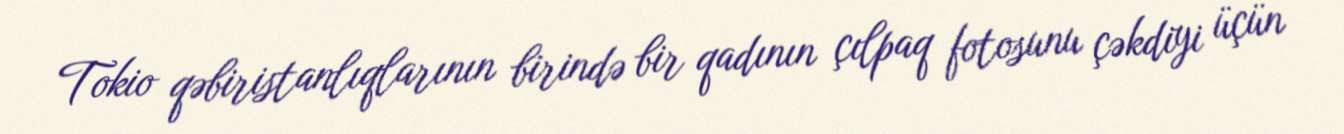
Tokio qəbiristanlıqlarının birində bir qadının çılpaq fotosunu çəkdiyi üçün